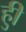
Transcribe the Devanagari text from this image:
हुी